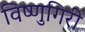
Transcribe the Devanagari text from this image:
विष्णुगिरी